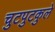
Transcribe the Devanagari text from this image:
चुटपुटकुले